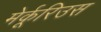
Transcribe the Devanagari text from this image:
मेर्कूरिउस